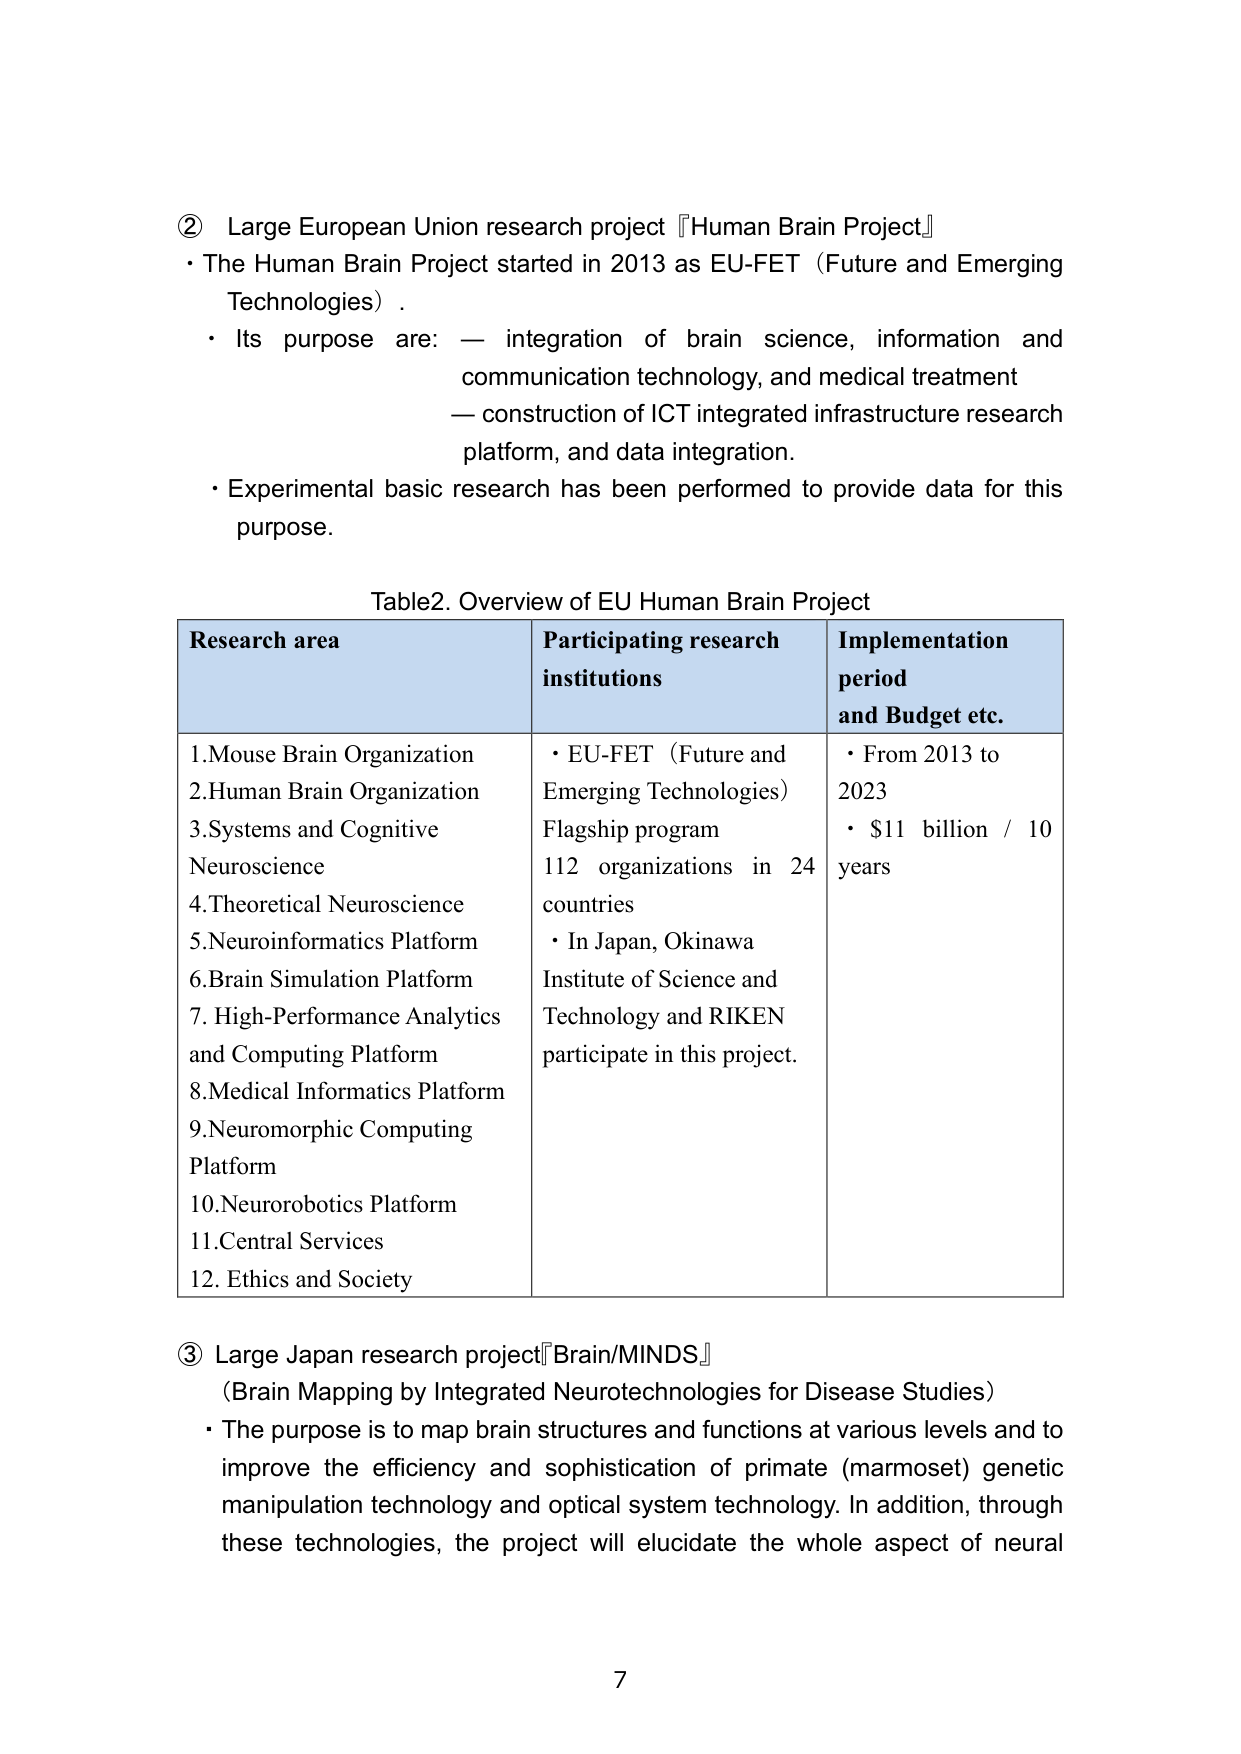
② Large European Union research project 『Human Brain Project』
• The Human Brain Project started in 2013 as EU-FET (Future and Emerging Technologies).
• Its purpose are: — integration of brain science, information and communication technology, and medical treatment
— construction of ICT integrated infrastructure research platform, and data integration.
• Experimental basic research has been performed to provide data for this purpose.

Table2. Overview of EU Human Brain Project
Research area	Participating research institutions	Implementation period and Budget etc.
1. Mouse Brain Organization
2. Human Brain Organization
3. Systems and Cognitive Neuroscience
4. Theoretical Neuroscience
5. Neuroinformatics Platform
6. Brain Simulation Platform
7. High-Performance Analytics and Computing Platform
8. Medical Informatics Platform
9. Neuromorphic Computing Platform
10. Neurorobotics Platform
11. Central Services
12. Ethics and Society	• EU-FET (Future and Emerging Technologies) Flagship program
112 organizations in 24 countries
• In Japan, Okinawa Institute of Science and Technology and RIKEN participate in this project.	• From 2013 to 2023
• $11 billion / 10 years

③ Large Japan research project『Brain/MINDS』
(Brain Mapping by Integrated Neurotechnologies for Disease Studies)
• The purpose is to map brain structures and functions at various levels and to improve the efficiency and sophistication of primate (marmoset) genetic manipulation technology and optical system technology. In addition, through these technologies, the project will elucidate the whole aspect of neural

7